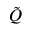
\tilde { Q }